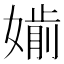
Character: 𡠡